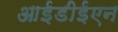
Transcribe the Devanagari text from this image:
आईडीईएन